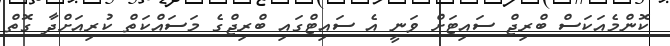
ކޮންމެއަކަސް ބްރިޖް ސައިޓަށް ވަނީ އެ ސައިޓްގައި ބްރިޖްގެ މަސައްކަތް ކުރިއަށްދާ ގޮތް